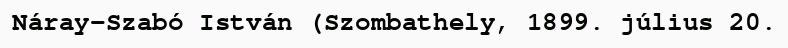
Náray-Szabó István (Szombathely, 1899. július 20.